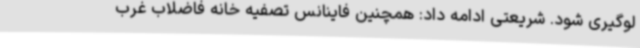
لوگیری شود. شریعتی ادامه داد: همچنین فاینانس تصفیه خانه فاضلاب غرب